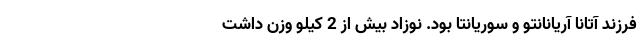
فرزند آتانا آریانانتو و سوریانتا بود. نوزاد بیش از 2 کیلو وزن داشت